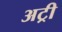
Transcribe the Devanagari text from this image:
अट्री